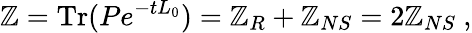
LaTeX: {\cal\mathbb{Z}}=\mathrm{{Tr}}(Pe^{-tL_{0}})={\cal\mathbb{Z}}_{R}+{\cal\mathbb{Z}}_{NS}=2{\cal\mathbb{Z}}_{NS}\ ,